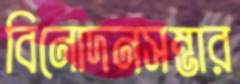
বিনোদনসম্ভার